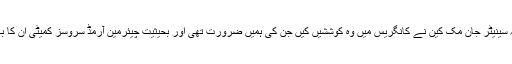
ان کا کہنا تھا کہ سینیٹر جان مک کین نے کانگریس میں وہ کوششیں کیں جن کی ہمیں ضرورت تھی اور بحیثیت چیئرمین آرمڈ سروسز کمیٹی ان کا بہترین کردار تھا۔